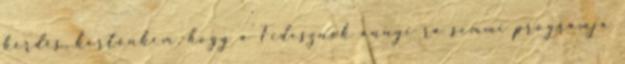
kérdés, kerténkém, hogy a Fidesznek annyi ra semmi programja